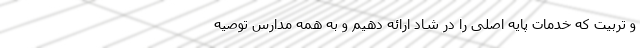
و تربیت که خدمات پایه اصلی را در شاد ارائه دهیم و به همه مدارس توصیه